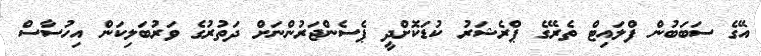
އޭގެ ސަބަބުން ފްލައިޓް ތެރޭގެ ޕްރެޝަރު ކުޑަކޮށްދީ ޕެސެންޖަރުންނަށް ދަތުރުގެ ވަރުބަލިކަން އިހުސާސް